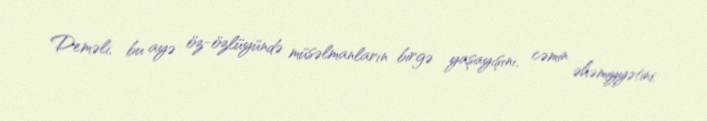
Deməli, bu ayə öz-özlüyündə müsəlmanların birgə yaşayışını, cəmin əhəmiyyətini,